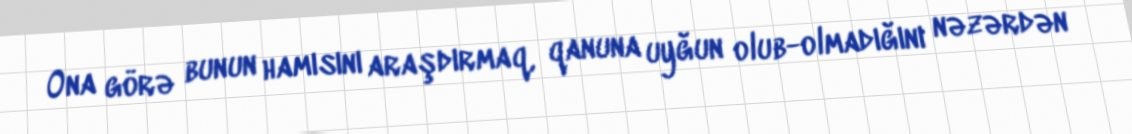
Ona görə bunun hamısını araşdırmaq, qanuna uyğun olub-olmadığını nəzərdən